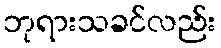
ဘုရားသခင်လည်း